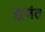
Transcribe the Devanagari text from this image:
झुजंत